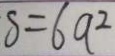
s = 6 a ^ { 2 }